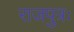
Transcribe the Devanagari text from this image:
राजपुत्रः